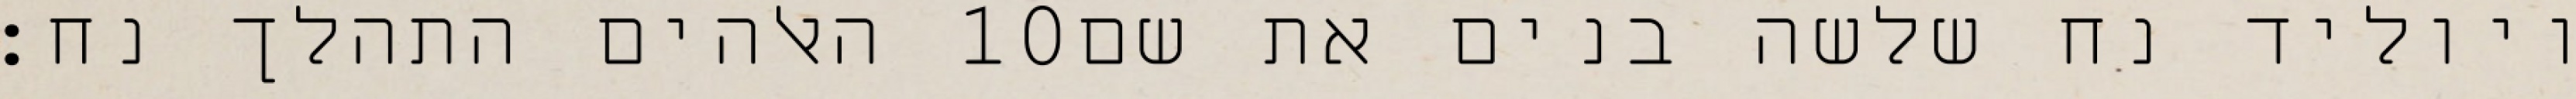
האלהים התהלך נח׃ ‎10‏ ויוליד נח שלשה בנים את שם